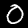
Digit: 0